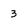
Character: 3